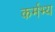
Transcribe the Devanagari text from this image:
कर्मभ्य